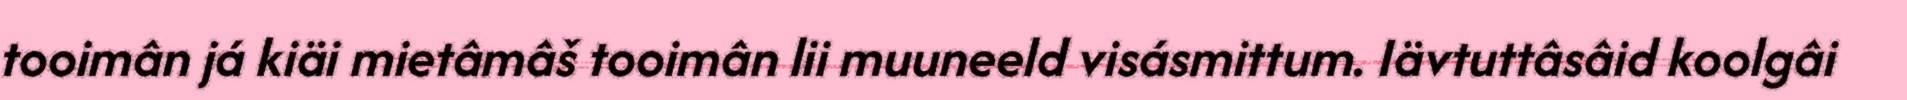
tooimân já kiäi mietâmâš tooimân lii muuneeld visásmittum. Iävtuttâsâid koolgâi